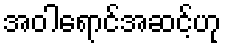
အဝါရောင်အဆင့်ဟု